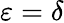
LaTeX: \varepsilon=\delta